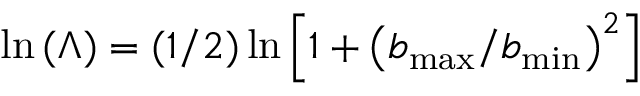
\ln { ( \Lambda ) } = ( 1 / 2 ) \ln \left[ 1 + \left( b _ { \operatorname* { m a x } } / b _ { \operatorname* { m i n } } \right) ^ { 2 } \right]